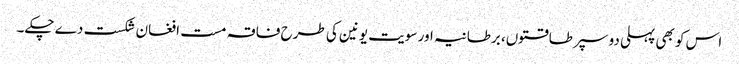
اس کو بھی پہلی دو سپر طاقتوں، برطانیہ اور سویت یونین کی طرح فاقہ مست افغان شکست دے چکے۔